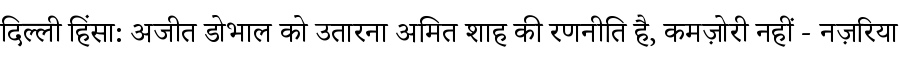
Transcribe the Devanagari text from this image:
दिल्ली हिंसा: अजीत डोभाल को उतारना अमित शाह की रणनीति है, कमज़ोरी नहीं - नज़रिया